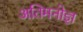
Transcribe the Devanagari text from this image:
अतिमनोज्ञ